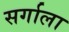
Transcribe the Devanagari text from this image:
सर्गाला